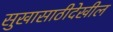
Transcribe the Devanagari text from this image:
सुखासाठीदेखील